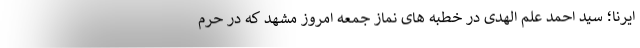
ایرنا؛ سید احمد علم الهدی در خطبه های نماز جمعه امروز مشهد که در حرم